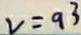
v = a ^ { 3 }